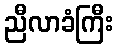
ညီလာခံကြီး